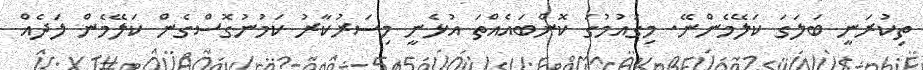
ތިކުރަނީ ބަލަގަ ކަލޭމެންނޭ. މިގައުމުގަ ކޮންބައެއްތަ އުޅެނީ މިސަރުކާރު ކަމުނުގޮސްގެން ކަލޭމެން ލަދެއް